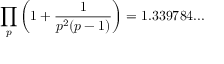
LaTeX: \prod _ { p } \left( 1 + { \frac { 1 } { p ^ { 2 } ( p - 1 ) } } \right) = 1 . 3 3 9 7 8 4 . . .